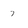
Character: 7